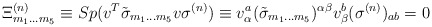
\begin{align*}\Xi ^{{ (n)}}_{{ m}_{{ 1}}\ldots{ m}_{{ 5}}}\equiv Sp(v^{{ T}} \tilde{\sigma }_{{ m}_{{ 1}}{\bf ...}{ m}_{{ 5}}}v\sigma ^{{ (n)}})\equiv v^{{ a}}_{\alpha }(\tilde{\sigma }_{{ m}_{{ 1}}{\bf ...}{ m}_{{ 5}}})^{\alpha \beta }v^{{ b}}_{\beta } (\sigma ^{{ (n)}})_{{ ab}} = 0\end{align*}